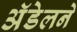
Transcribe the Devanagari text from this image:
अॅडेलने